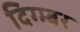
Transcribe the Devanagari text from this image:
दिग्म्बर